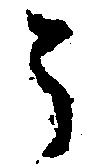
う